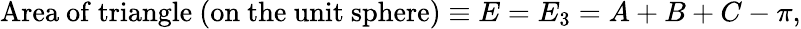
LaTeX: {\mathrm{Area~of~triangle~(on~the~unit~sphere)}}\equiv E=E_{3}=A+B+C-\pi,